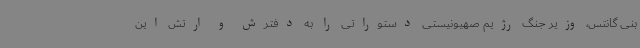
بنی گانتس، وزیر جنگ رژیم صهیونیستی دستوراتی را به دفترش و ارتش این